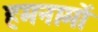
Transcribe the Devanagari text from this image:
हमनामों